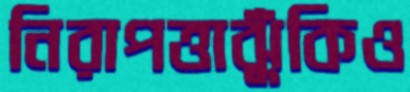
নিরাপত্তাঝুঁকিও